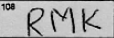
Transcription: RMK